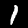
Digit: 1